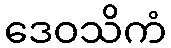
ဒေဝသိကံ